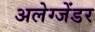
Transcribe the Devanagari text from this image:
अलेग्जेंडर